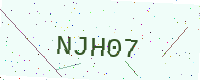
Text: NJH07